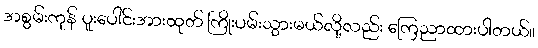
အစွမ်းကုန် ပူးပေါင်းအားထုတ် ကြိုးပမ်းသွားမယ်လို့လည်း ကြေညာထားပါတယ်။